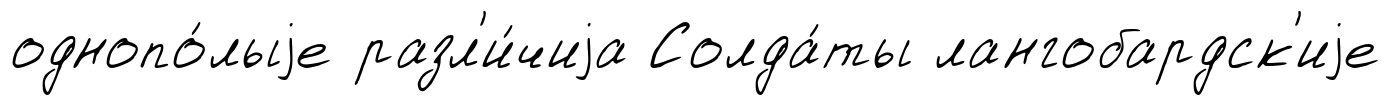
однопо́лыjе разл'и́чиjа Солда́ты лангобардск'иjе